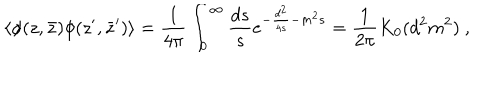
\langle \phi ( z , \bar { z } ) \phi ( z ^ { \prime } , \bar { z } ^ { \prime } ) \rangle = { \frac { 1 } { 4 \pi } } \int _ { 0 } ^ { \infty } { \frac { d s } { s } } e ^ { - { \frac { d ^ { 2 } } { 4 s } } - m ^ { 2 } s } = { \frac { 1 } { 2 \pi } } K _ { 0 } ( d ^ { 2 } m ^ { 2 } ) ~ ,